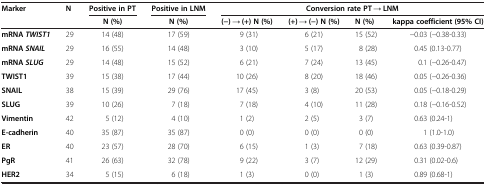
| Marker | N | Positive in PT | Positive in LNM | <COLSPAN=4> Conversion rate PT → LNM |
 |  |  | N (%) | N (%) | (−) → (+) N (%) | (+) → (−) N (%) | N (%) | kappa coefficient (95% CI) |
 | --- | --- | --- | --- | --- | --- | --- | --- |
 | mRNA TWIST1 | 29 | 14 (48) | 17 (59) | 9 (31) | 6 (21) | 15 (52) | −0.03 (−0.38-0.33) |
 | mRNA SNAIL | 29 | 16 (55) | 14 (48) | 3 (10) | 5 (17) | 8 (28) | 0.45 (0.13-0.77) |
 | mRNA SLUG | 29 | 14 (48) | 15 (52) | 6 (21) | 7 (24) | 13 (45) | 0.1 (−0.26-0.47) |
 | TWIST1 | 39 | 15 (38) | 17 (44) | 10 (26) | 8 (20) | 18 (46) | 0.05 (−0.26-0.36) |
 | SNAIL | 38 | 15 (39) | 29 (76) | 17 (45) | 3 (8) | 20 (53) | 0.05 (−0.18-0.29) |
 | SLUG | 39 | 10 (26) | 7 (18) | 7 (18) | 4 (10) | 11 (28) | 0.18 (−0.16-0.52) |
 | Vimentin | 42 | 5 (12) | 4 (10) | 1 (2) | 2 (5) | 3 (7) | 0.63 (0.24-1) |
 | E-cadherin | 40 | 35 (87) | 35 (87) | 0 (0) | 0 (0) | 0 (0) | 1 (1.0-1.0) |
 | ER | 40 | 23 (57) | 28 (70) | 6 (15) | 1 (3) | 7 (18) | 0.63 (0.39-0.87) |
 | PgR | 41 | 26 (63) | 32 (78) | 9 (22) | 3 (7) | 12 (29) | 0.31 (0.02-0.6) |
 | HER2 | 34 | 5 (15) | 6 (18) | 1 (3) | 0 (0) | 1 (3) | 0.89 (0.68-1) |